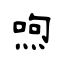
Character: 喣